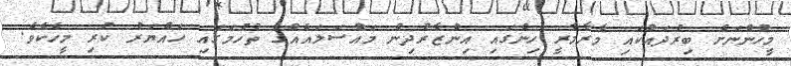
މީހުންނަށް ބިރުދައްކައި މާރާމާރީ ހިންގައި އިންޒާރުދިން މައްސަލައެއްގެ ތުހުމަގައި ހައްޔަރު ކުރި މީހެކެވެ.